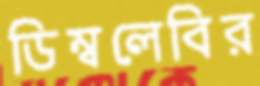
ডিম্বলেবির